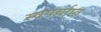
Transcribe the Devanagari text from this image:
स्वपर्याप्त